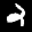
Label: 2